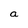
Character: a